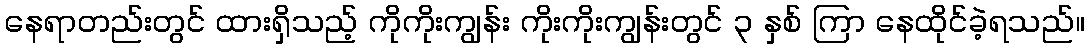
နေရာတည်းတွင် ထားရှိသည့် ကိုကိုးကျွန်း ကိုးကိုးကျွန်းတွင် ၃ နှစ် ကြာ နေထိုင်ခဲ့ရသည်။